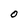
Character: O